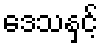
ဒေသနှင့်